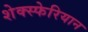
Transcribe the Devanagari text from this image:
शेक्स्फेरियान